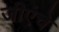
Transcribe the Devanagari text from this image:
जीएंचे